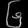
Digit: ၆